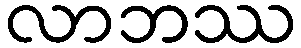
လာဘဿ